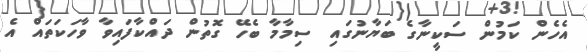
އެހެން ކަމުން ސަކީނާގެ ބަޔާނުގައި ސިމާމާ ބެހޭ ގޮތުން ދައްކާފައިވާ ވާހަކަތައް އެ